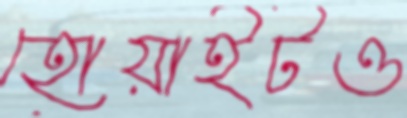
হোয়াইটও